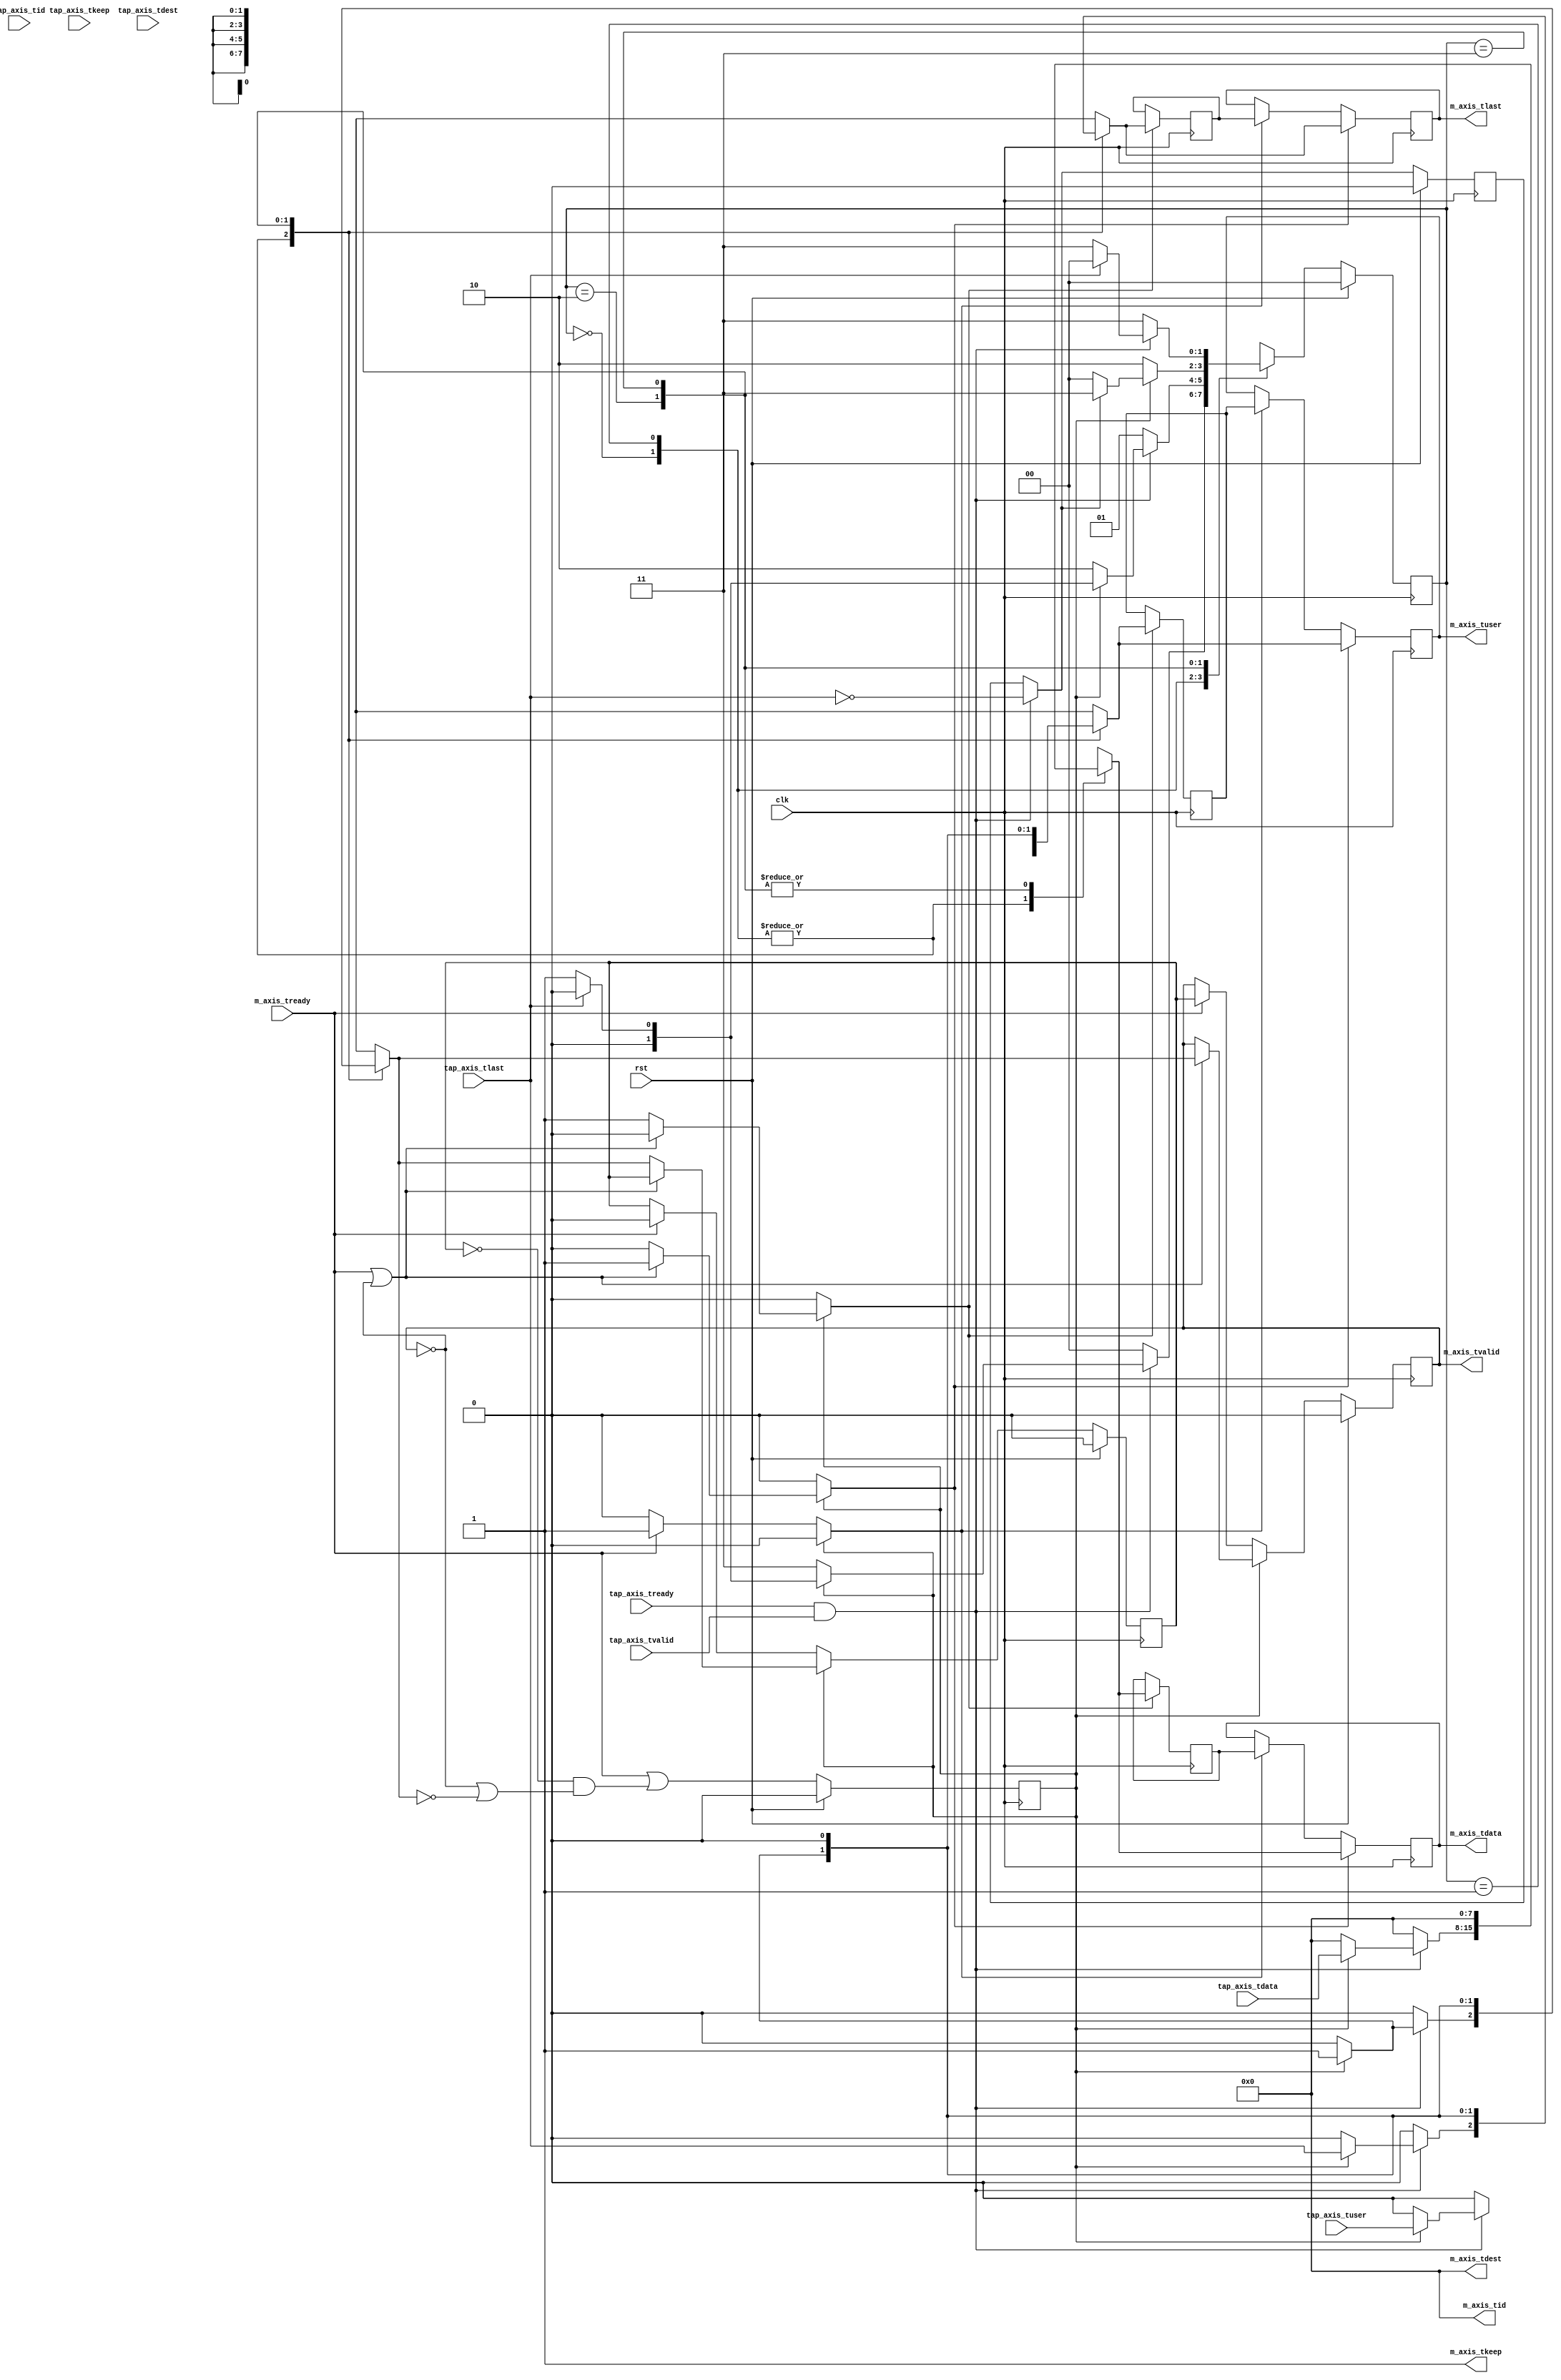
/*

Copyright (c) 2015-2018 Alex Forencich

Permission is hereby granted, free of charge, to any person obtaining a copy
of this software and associated documentation files (the "Software"), to deal
in the Software without restriction, including without limitation the rights
to use, copy, modify, merge, publish, distribute, sublicense, and/or sell
copies of the Software, and to permit persons to whom the Software is
furnished to do so, subject to the following conditions:

The above copyright notice and this permission notice shall be included in
all copies or substantial portions of the Software.

THE SOFTWARE IS PROVIDED "AS IS", WITHOUT WARRANTY OF ANY KIND, EXPRESS OR
IMPLIED, INCLUDING BUT NOT LIMITED TO THE WARRANTIES OF MERCHANTABILITY
FITNESS FOR A PARTICULAR PURPOSE AND NONINFRINGEMENT. IN NO EVENT SHALL THE
AUTHORS OR COPYRIGHT HOLDERS BE LIABLE FOR ANY CLAIM, DAMAGES OR OTHER
LIABILITY, WHETHER IN AN ACTION OF CONTRACT, TORT OR OTHERWISE, ARISING FROM,
OUT OF OR IN CONNECTION WITH THE SOFTWARE OR THE USE OR OTHER DEALINGS IN
THE SOFTWARE.

*/

// Language: Verilog 2001

`timescale 1ns / 1ps

/*
 * AXI4-Stream tap
 */
module axis_tap #
(
    // Width of AXI stream interfaces in bits
    parameter DATA_WIDTH = 8,
    // Propagate tkeep signal
    parameter KEEP_ENABLE = (DATA_WIDTH>8),
    // tkeep signal width (words per cycle)
    parameter KEEP_WIDTH = (DATA_WIDTH/8),
    // Propagate tid signal
    parameter ID_ENABLE = 0,
    // tid signal width
    parameter ID_WIDTH = 8,
    // Propagate tdest signal
    parameter DEST_ENABLE = 0,
    // tdest signal width
    parameter DEST_WIDTH = 8,
    // Propagate tuser signal
    parameter USER_ENABLE = 1,
    // tuser signal width
    parameter USER_WIDTH = 1,
    // tuser value for bad frame marker
    parameter USER_BAD_FRAME_VALUE = 1'b1,
    // tuser mask for bad frame marker
    parameter USER_BAD_FRAME_MASK = 1'b1
)
(
    input  wire                   clk,
    input  wire                   rst,

    /*
     * AXI tap
     */
    input  wire [DATA_WIDTH-1:0]  tap_axis_tdata,
    input  wire [KEEP_WIDTH-1:0]  tap_axis_tkeep,
    input  wire                   tap_axis_tvalid,
    input  wire                   tap_axis_tready,
    input  wire                   tap_axis_tlast,
    input  wire [ID_WIDTH-1:0]    tap_axis_tid,
    input  wire [DEST_WIDTH-1:0]  tap_axis_tdest,
    input  wire [USER_WIDTH-1:0]  tap_axis_tuser,

    /*
     * AXI output
     */
    output wire [DATA_WIDTH-1:0]  m_axis_tdata,
    output wire [KEEP_WIDTH-1:0]  m_axis_tkeep,
    output wire                   m_axis_tvalid,
    input  wire                   m_axis_tready,
    output wire                   m_axis_tlast,
    output wire [ID_WIDTH-1:0]    m_axis_tid,
    output wire [DEST_WIDTH-1:0]  m_axis_tdest,
    output wire [USER_WIDTH-1:0]  m_axis_tuser
);

// datapath control signals
reg store_last_word;

reg [ID_WIDTH-1:0]   last_word_id_reg   = {ID_WIDTH{1'b0}};
reg [DEST_WIDTH-1:0] last_word_dest_reg = {DEST_WIDTH{1'b0}};
reg [USER_WIDTH-1:0] last_word_user_reg = {USER_WIDTH{1'b0}};

// internal datapath
reg  [DATA_WIDTH-1:0] m_axis_tdata_int;
reg  [KEEP_WIDTH-1:0] m_axis_tkeep_int;
reg                   m_axis_tvalid_int;
reg                   m_axis_tready_int_reg = 1'b0;
reg                   m_axis_tlast_int;
reg  [ID_WIDTH-1:0]   m_axis_tid_int;
reg  [DEST_WIDTH-1:0] m_axis_tdest_int;
reg  [USER_WIDTH-1:0] m_axis_tuser_int;
wire                  m_axis_tready_int_early;

localparam [1:0]
    STATE_IDLE = 2'd0,
    STATE_TRANSFER = 2'd1,
    STATE_TRUNCATE = 2'd2,
    STATE_WAIT = 2'd3;

reg [1:0] state_reg = STATE_IDLE, state_next;

reg frame_reg = 1'b0, frame_next;

always @* begin
    state_next = STATE_IDLE;

    store_last_word = 1'b0;

    frame_next = frame_reg;

    m_axis_tdata_int  = {DATA_WIDTH{1'b0}};
    m_axis_tkeep_int  = {KEEP_WIDTH{1'b0}};
    m_axis_tvalid_int = 1'b0;
    m_axis_tlast_int  = 1'b0;
    m_axis_tid_int    = {ID_WIDTH{1'b0}};
    m_axis_tdest_int  = {DEST_WIDTH{1'b0}};
    m_axis_tuser_int  = {USER_WIDTH{1'b0}};

    if (tap_axis_tready && tap_axis_tvalid) begin
        frame_next = !tap_axis_tlast;
    end

    case (state_reg)
        STATE_IDLE: begin
            if (tap_axis_tready && tap_axis_tvalid) begin
                // start of frame
                if (m_axis_tready_int_reg) begin
                    m_axis_tdata_int  = tap_axis_tdata;
                    m_axis_tkeep_int  = tap_axis_tkeep;
                    m_axis_tvalid_int = tap_axis_tvalid && tap_axis_tready;
                    m_axis_tlast_int  = tap_axis_tlast;
                    m_axis_tid_int    = tap_axis_tid;
                    m_axis_tdest_int  = tap_axis_tdest;
                    m_axis_tuser_int  = tap_axis_tuser;
                    if (tap_axis_tlast) begin
                        state_next = STATE_IDLE;
                    end else begin
                        state_next = STATE_TRANSFER;
                    end
                end else begin
                    state_next = STATE_WAIT;
                end
            end else begin
                state_next = STATE_IDLE;
            end
        end
        STATE_TRANSFER: begin
            if (tap_axis_tready && tap_axis_tvalid) begin
                // transfer data
                if (m_axis_tready_int_reg) begin
                    m_axis_tdata_int  = tap_axis_tdata;
                    m_axis_tkeep_int  = tap_axis_tkeep;
                    m_axis_tvalid_int = tap_axis_tvalid && tap_axis_tready;
                    m_axis_tlast_int  = tap_axis_tlast;
                    m_axis_tid_int    = tap_axis_tid;
                    m_axis_tdest_int  = tap_axis_tdest;
                    m_axis_tuser_int  = tap_axis_tuser;
                    if (tap_axis_tlast) begin
                        state_next = STATE_IDLE;
                    end else begin
                        state_next = STATE_TRANSFER;
                    end
                end else begin
                    store_last_word = 1'b1;
                    state_next = STATE_TRUNCATE;
                end
            end else begin
                state_next = STATE_TRANSFER;
            end
        end
        STATE_TRUNCATE: begin
            if (m_axis_tready_int_reg) begin
                m_axis_tdata_int  = {DATA_WIDTH{1'b0}};
                m_axis_tkeep_int  = {{KEEP_WIDTH-1{1'b0}}, 1'b1};
                m_axis_tvalid_int = 1'b1;
                m_axis_tlast_int  = 1'b1;
                m_axis_tid_int    = last_word_id_reg;
                m_axis_tdest_int  = last_word_dest_reg;
                m_axis_tuser_int  = (last_word_user_reg & ~USER_BAD_FRAME_MASK) | (USER_BAD_FRAME_VALUE & USER_BAD_FRAME_MASK);
                if (frame_next) begin
                    state_next = STATE_WAIT;
                end else begin
                    state_next = STATE_IDLE;
                end
            end else begin
                state_next = STATE_TRUNCATE;
            end
        end
        STATE_WAIT: begin
            if (tap_axis_tready && tap_axis_tvalid) begin
                if (tap_axis_tlast) begin
                    state_next = STATE_IDLE;
                end else begin
                    state_next = STATE_WAIT;
                end
            end else begin
                state_next = STATE_WAIT;
            end
        end
    endcase
end

always @(posedge clk) begin
    if (rst) begin
        state_reg <= STATE_IDLE;
        frame_reg <= 1'b0;
    end else begin
        state_reg <= state_next;
        frame_reg <= frame_next;
    end

    if (store_last_word) begin
        last_word_id_reg   <= tap_axis_tid;
        last_word_dest_reg <= tap_axis_tdest;
        last_word_user_reg <= tap_axis_tuser;
    end
end

// output datapath logic
reg [DATA_WIDTH-1:0] m_axis_tdata_reg  = {DATA_WIDTH{1'b0}};
reg [KEEP_WIDTH-1:0] m_axis_tkeep_reg  = {KEEP_WIDTH{1'b0}};
reg                  m_axis_tvalid_reg = 1'b0, m_axis_tvalid_next;
reg                  m_axis_tlast_reg  = 1'b0;
reg [ID_WIDTH-1:0]   m_axis_tid_reg    = {ID_WIDTH{1'b0}};
reg [DEST_WIDTH-1:0] m_axis_tdest_reg  = {DEST_WIDTH{1'b0}};
reg [USER_WIDTH-1:0] m_axis_tuser_reg  = {USER_WIDTH{1'b0}};

reg [DATA_WIDTH-1:0] temp_m_axis_tdata_reg  = {DATA_WIDTH{1'b0}};
reg [KEEP_WIDTH-1:0] temp_m_axis_tkeep_reg  = {KEEP_WIDTH{1'b0}};
reg                  temp_m_axis_tvalid_reg = 1'b0, temp_m_axis_tvalid_next;
reg                  temp_m_axis_tlast_reg  = 1'b0;
reg [ID_WIDTH-1:0]   temp_m_axis_tid_reg    = {ID_WIDTH{1'b0}};
reg [DEST_WIDTH-1:0] temp_m_axis_tdest_reg  = {DEST_WIDTH{1'b0}};
reg [USER_WIDTH-1:0] temp_m_axis_tuser_reg  = {USER_WIDTH{1'b0}};

// datapath control
reg store_axis_int_to_output;
reg store_axis_int_to_temp;
reg store_axis_temp_to_output;

assign m_axis_tdata  = m_axis_tdata_reg;
assign m_axis_tkeep  = KEEP_ENABLE ? m_axis_tkeep_reg : {KEEP_WIDTH{1'b1}};
assign m_axis_tvalid = m_axis_tvalid_reg;
assign m_axis_tlast  = m_axis_tlast_reg;
assign m_axis_tid    = ID_ENABLE   ? m_axis_tid_reg   : {ID_WIDTH{1'b0}};
assign m_axis_tdest  = DEST_ENABLE ? m_axis_tdest_reg : {DEST_WIDTH{1'b0}};
assign m_axis_tuser  = USER_ENABLE ? m_axis_tuser_reg : {USER_WIDTH{1'b0}};

// enable ready input next cycle if output is ready or the temp reg will not be filled on the next cycle (output reg empty or no input)
assign m_axis_tready_int_early = m_axis_tready || (!temp_m_axis_tvalid_reg && (!m_axis_tvalid_reg || !m_axis_tvalid_int));

always @* begin
    // transfer sink ready state to source
    m_axis_tvalid_next = m_axis_tvalid_reg;
    temp_m_axis_tvalid_next = temp_m_axis_tvalid_reg;

    store_axis_int_to_output = 1'b0;
    store_axis_int_to_temp = 1'b0;
    store_axis_temp_to_output = 1'b0;

    if (m_axis_tready_int_reg) begin
        // input is ready
        if (m_axis_tready || !m_axis_tvalid_reg) begin
            // output is ready or currently not valid, transfer data to output
            m_axis_tvalid_next = m_axis_tvalid_int;
            store_axis_int_to_output = 1'b1;
        end else begin
            // output is not ready, store input in temp
            temp_m_axis_tvalid_next = m_axis_tvalid_int;
            store_axis_int_to_temp = 1'b1;
        end
    end else if (m_axis_tready) begin
        // input is not ready, but output is ready
        m_axis_tvalid_next = temp_m_axis_tvalid_reg;
        temp_m_axis_tvalid_next = 1'b0;
        store_axis_temp_to_output = 1'b1;
    end
end

always @(posedge clk) begin
    if (rst) begin
        m_axis_tvalid_reg <= 1'b0;
        m_axis_tready_int_reg <= 1'b0;
        temp_m_axis_tvalid_reg <= 1'b0;
    end else begin
        m_axis_tvalid_reg <= m_axis_tvalid_next;
        m_axis_tready_int_reg <= m_axis_tready_int_early;
        temp_m_axis_tvalid_reg <= temp_m_axis_tvalid_next;
    end

    // datapath
    if (store_axis_int_to_output) begin
        m_axis_tdata_reg <= m_axis_tdata_int;
        m_axis_tkeep_reg <= m_axis_tkeep_int;
        m_axis_tlast_reg <= m_axis_tlast_int;
        m_axis_tid_reg   <= m_axis_tid_int;
        m_axis_tdest_reg <= m_axis_tdest_int;
        m_axis_tuser_reg <= m_axis_tuser_int;
    end else if (store_axis_temp_to_output) begin
        m_axis_tdata_reg <= temp_m_axis_tdata_reg;
        m_axis_tkeep_reg <= temp_m_axis_tkeep_reg;
        m_axis_tlast_reg <= temp_m_axis_tlast_reg;
        m_axis_tid_reg   <= temp_m_axis_tid_reg;
        m_axis_tdest_reg <= temp_m_axis_tdest_reg;
        m_axis_tuser_reg <= temp_m_axis_tuser_reg;
    end

    if (store_axis_int_to_temp) begin
        temp_m_axis_tdata_reg <= m_axis_tdata_int;
        temp_m_axis_tkeep_reg <= m_axis_tkeep_int;
        temp_m_axis_tlast_reg <= m_axis_tlast_int;
        temp_m_axis_tid_reg   <= m_axis_tid_int;
        temp_m_axis_tdest_reg <= m_axis_tdest_int;
        temp_m_axis_tuser_reg <= m_axis_tuser_int;
    end
end

endmodule